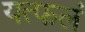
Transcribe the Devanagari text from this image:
यत्फलं